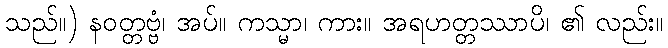
သည်။) နဝတ္တဗ္ဗံ၊ အပ်။ ကသ္မာ၊ ကား။ အရဟတ္တဿာပိ၊ ၏ လည်း။